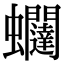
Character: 𧖆